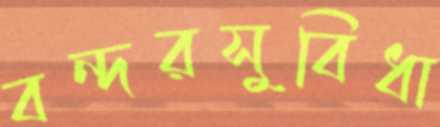
বন্দরসুবিধা